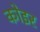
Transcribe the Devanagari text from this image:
कोइर